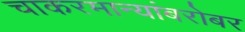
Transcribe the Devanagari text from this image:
चाकरमान्यांबरोबर